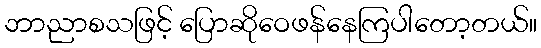
ဘာညာစသဖြင့် ပြောဆိုဝေဖန်နေကြပါတော့တယ်။